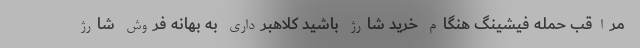
مراقب حمله فیشینگ هنگام خرید شارژ باشید کلاهبرداری به بهانه فروش شارژ